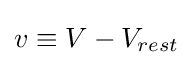
v\equiv V-V_{rest}